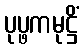
ပုပ္ဖကမုဋ္ဌိံ